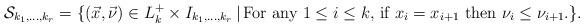
LaTeX: \begin{align*}\mathcal{S}_{k_{1}, \ldots , k_{r}}=\{ (\vec{x}, \vec{\nu}) \in L_{k}^{+}\times I_{k_{1}, \ldots , k_{r}} \, | \, \hbox{For any $1\le i \le k$, if $x_{i}=x_{i+1}$ then $\nu_{i}\le \nu_{i+1}$.}\}. \end{align*}